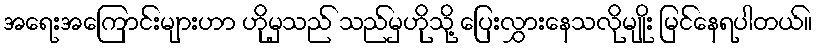
အရေးအကြောင်းများဟာ ဟိုမှသည် သည်မှဟိုသို့ ပြေးလွှားနေသလိုမျိုး မြင်နေရပါတယ်။